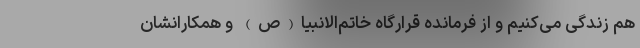
هم زندگی می‌کنیم و از فرمانده قرارگاه خاتم‌الانبیا(ص) و همکارانشان